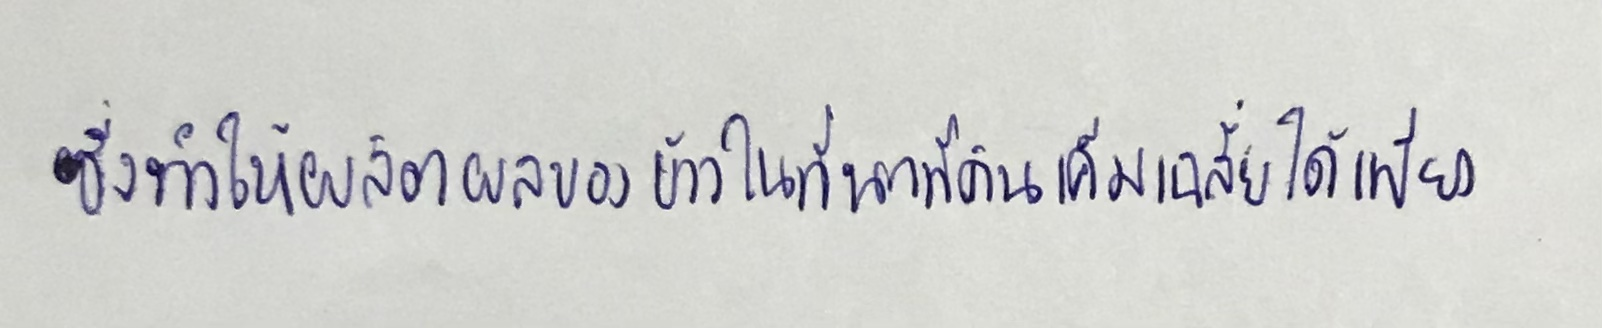
ซึ่งทำให้ผลิตผลของข้าวในที่นาที่เป็นดินเค็มเฉลี่ยได้เพียง